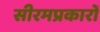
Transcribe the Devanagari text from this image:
सीरमप्रकारों